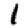
Digit: 1